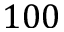
1 0 0